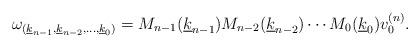
LaTeX: \begin{gather*}\omega_{(\underline k_{n-1},\underline k_{n-2},\dots, \underline k_{0})}= M_{n-1}(\underline k_{n-1})M_{n-2}(\underline k_{n-2})\cdots M_{0}(\underline k_{0})v_{0}^{(n)}.\end{gather*}